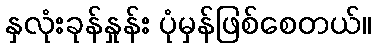
နှလုံးခုန်နှုန်း ပုံမှန်ဖြစ်စေတယ်။